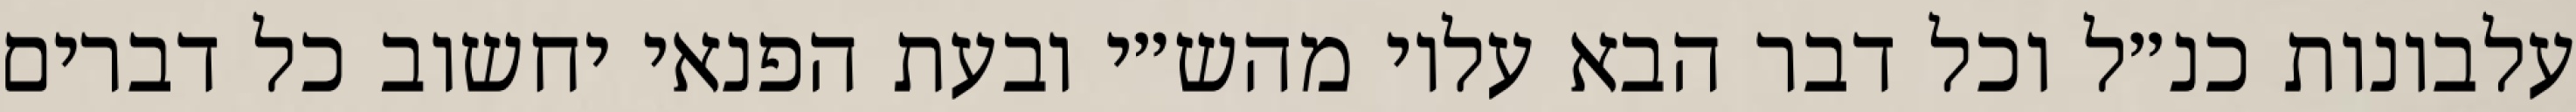
עלבונות כנ״ל וכל דבר הבא עליו מהש״י ובעת הפנאי יחשוב כל דברים